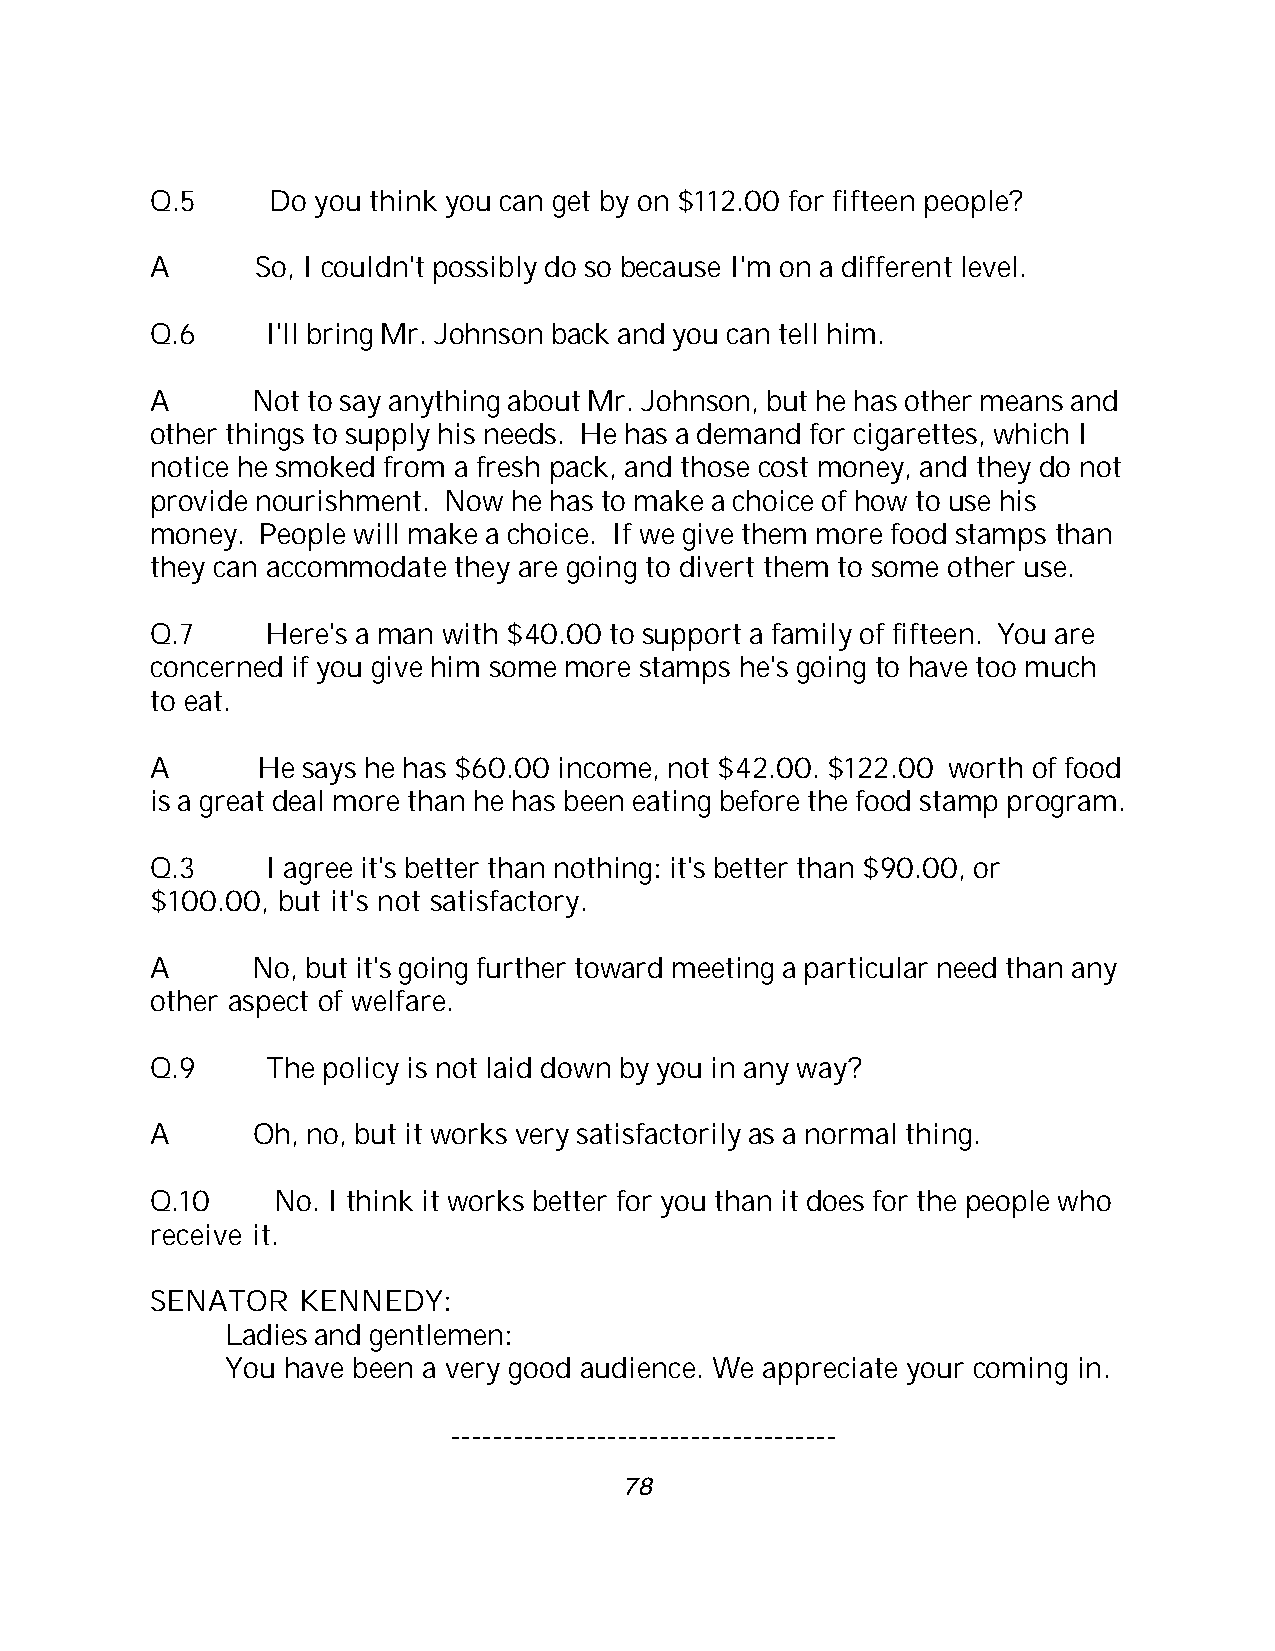
Q.5     Do you think you can get by on $112.00 for fifteen people?
 A      So, I couldn't possibly do so because I'm on a different level.
 Q.6     I'll bring Mr. Johnson back and you can tell him.
 A      Not to say anything about Mr. Johnson, but he has other means and
 other things to supply his needs. He has a demand for cigarettes, which I
 notice he smoked from a fresh pack, and those cost money, and they do not
 provide nourishment. Now he has to make a choice of how to use his
 money. People will make a choice. If we give them more food stamps than
 they can accommodate they are going to divert them to some other use.
 Q.7     Here's a man with $40.00 to support a family of fifteen. You are
 concerned if you give him some more stamps he's going to have too much
 to eat.
 A      He says he has $60.00 income, not $42.00. $122.00 worth of food
 is a great deal more than he has been eating before the food stamp program.
 Q.3     I agree it's better than nothing: it's better than $90.00, or
 $100.00, but it's not satisfactory.
 A      No, but it's going further toward meeting a particular need than any
 other aspect of welfare.
 Q.9     The policy is not laid down by you in any way?
 A      Oh, no, but it works very satisfactorily as a normal thing.
 Q.10    No. I think it works better for you than it does for the people who
 receive it.
 SENATOR   KENNEDY:
 Ladies and gentlemen:
 You have been a very good audience. We appreciate your coming in.
 -------------------------------------
 78